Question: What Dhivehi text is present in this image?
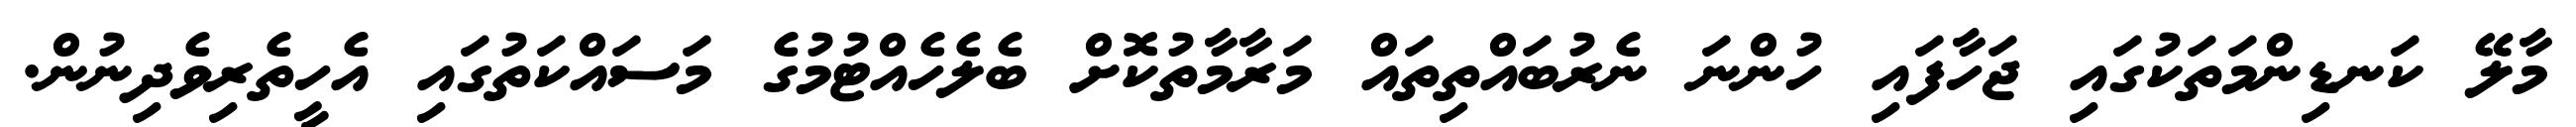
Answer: މާލޭ ކަނޑިންމަތަކުގައި ޖަހާފައި ހުންނަ ނެރުބައްތިތައް މަރާމާތުކޮށް ބެލެހެއްޓުމުގެ މަސައްކަތުގައި އެހީތެރިވެދިނުން.